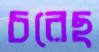
চরেছ